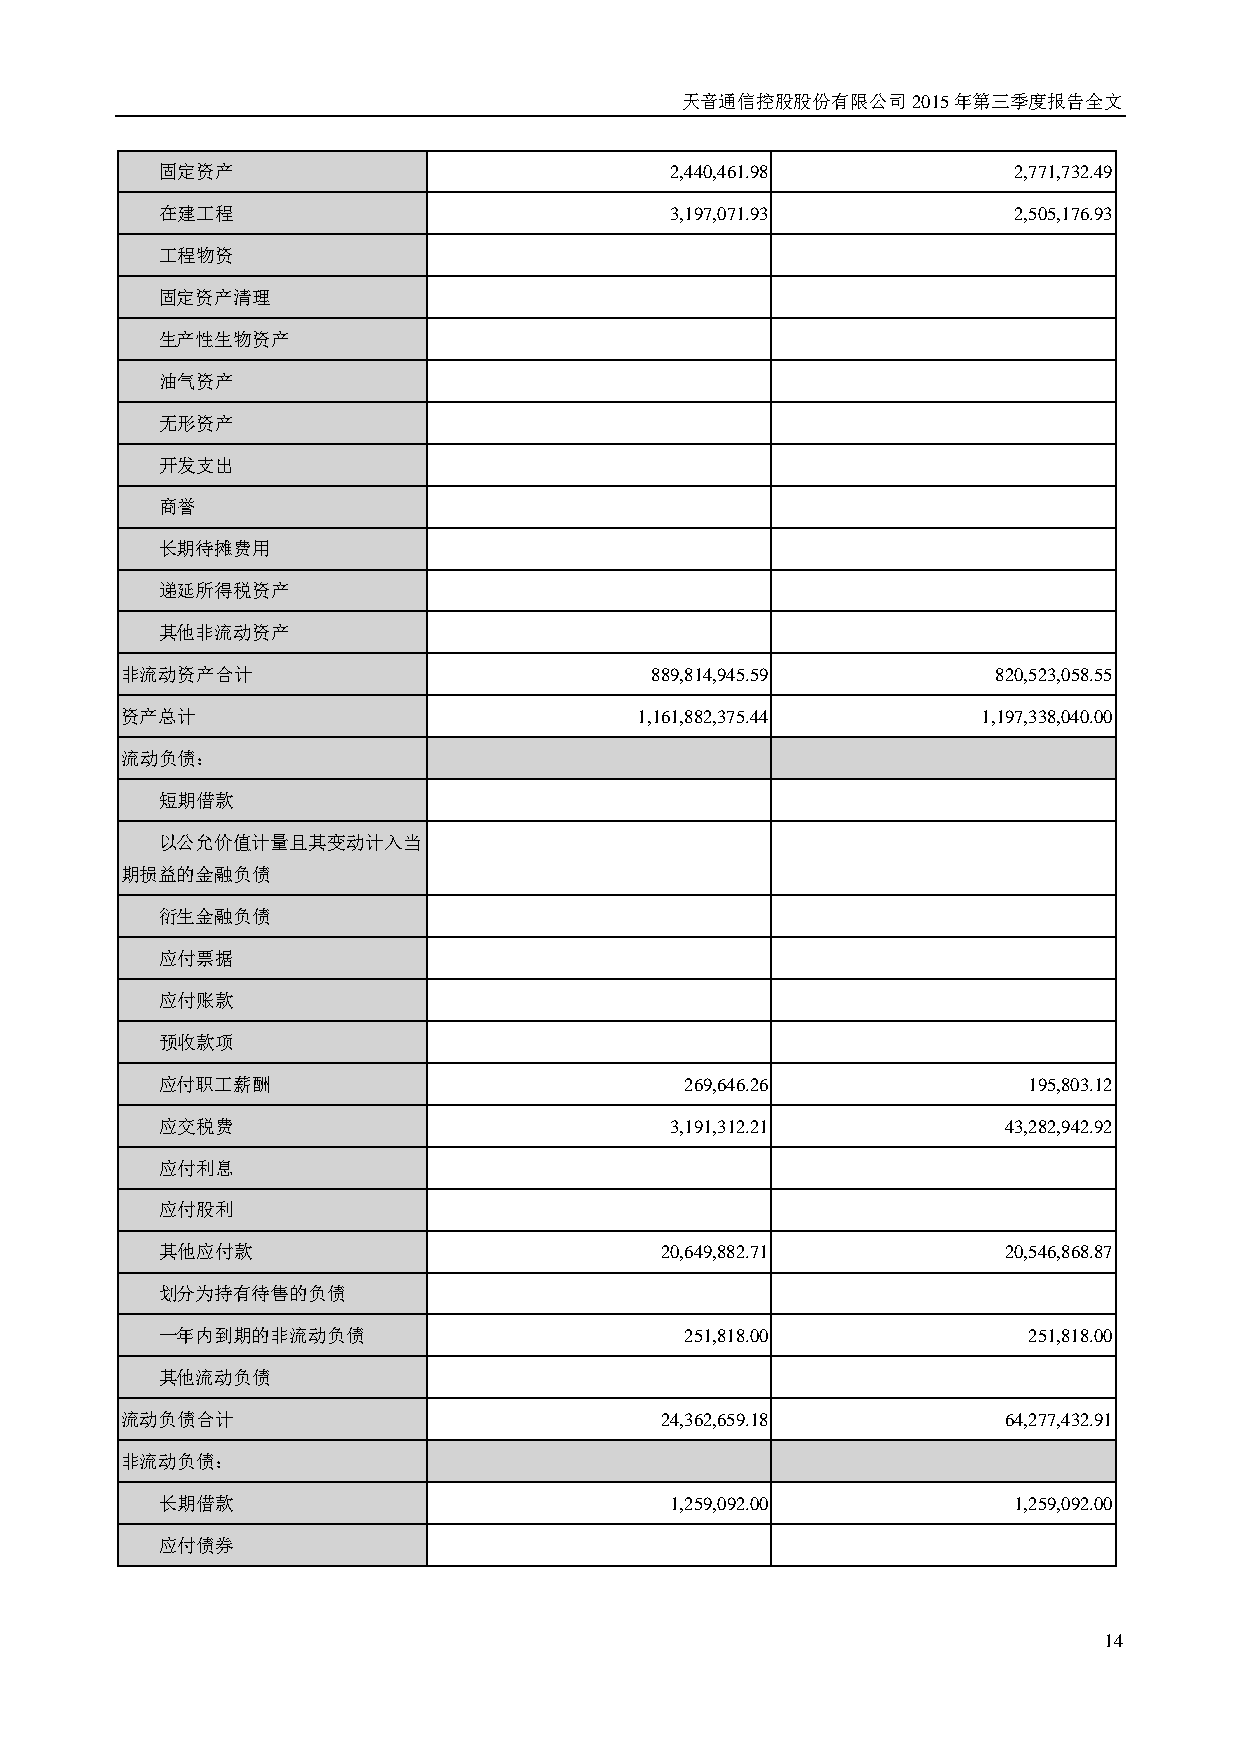
天音通信控股股份有限公司2015年第三季度报告全文
 固定资产                              2,440,461.98           2,771,732.49
 在建工程                              3,197,071.93           2,505,176.93
 工程物资
 固定资产清理
 生产性生物资产
 油气资产
 无形资产
 开发支出
 商誉
 长期待摊费用
 递延所得税资产
 其他非流动资产
 非流动资产合计                            889,814,945.59         820,523,058.55
 资产总计                              1,161,882,375.44       1,197,338,040.00
 流动负债：
 短期借款
 以公允价值计量且其变动计入当
 期损益的金融负债
 衍生金融负债
 应付票据
 应付账款
 预收款项
 应付职工薪酬                             269,646.26             195,803.12
 应交税费                              3,191,312.21          43,282,942.92
 应付利息
 应付股利
 其他应付款                             20,649,882.71         20,546,868.87
 划分为持有待售的负债
 一年内到期的非流动负债                        251,818.00             251,818.00
 其他流动负债
 流动负债合计                              24,362,659.18         64,277,432.91
 非流动负债：
 长期借款                              1,259,092.00           1,259,092.00
 应付债券
 14